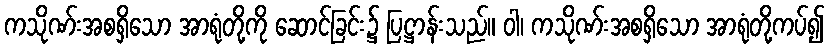
ကသိုဏ်းအစရှိသော အာရုံတို့ကို ဆောင်ခြင်း၌ ပြဋ္ဌာန်းသည်။ ဝါ၊ ကသိုဏ်းအစရှိသော အာရုံတို့ကပ်၍